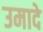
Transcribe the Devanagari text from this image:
उमादे